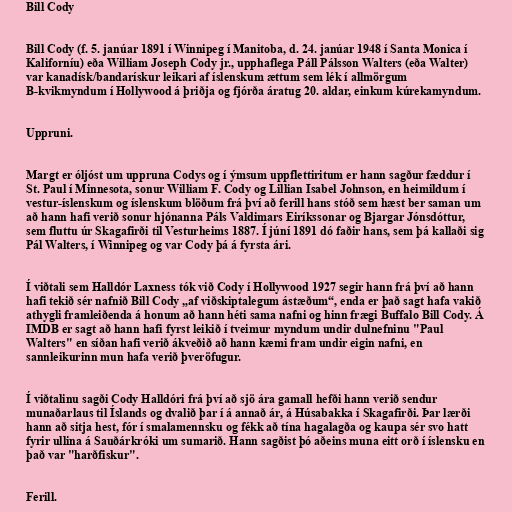
Bill Cody

Bill Cody (f. 5. janúar 1891 í Winnipeg í Manitoba, d. 24. janúar 1948 í Santa Monica í
Kaliforníu) eða William Joseph Cody jr., upphaflega Páll Pálsson Walters (eða Walter)
var kanadísk/bandarískur leikari af íslenskum ættum sem lék í allmörgum
B-kvikmyndum í Hollywood á þriðja og fjórða áratug 20. aldar, einkum kúrekamyndum.

Uppruni.

Margt er óljóst um uppruna Codys og í ýmsum uppflettiritum er hann sagður fæddur í
St. Paul í Minnesota, sonur William F. Cody og Lillian Isabel Johnson, en heimildum í
vestur-íslenskum og íslenskum blöðum frá því að ferill hans stóð sem hæst ber saman um
að hann hafi verið sonur hjónanna Páls Valdimars Eiríkssonar og Bjargar Jónsdóttur,
sem fluttu úr Skagafirði til Vesturheims 1887. Í júní 1891 dó faðir hans, sem þá kallaði sig
Pál Walters, í Winnipeg og var Cody þá á fyrsta ári.

Í viðtali sem Halldór Laxness tók við Cody í Hollywood 1927 segir hann frá því að hann
hafi tekið sér nafnið Bill Cody „af viðskiptalegum ástæðum“, enda er það sagt hafa vakið
athygli framleiðenda á honum að hann héti sama nafni og hinn frægi Buffalo Bill Cody. Á
IMDB er sagt að hann hafi fyrst leikið í tveimur myndum undir dulnefninu "Paul
Walters" en síðan hafi verið ákveðið að hann kæmi fram undir eigin nafni, en
sannleikurinn mun hafa verið þveröfugur.

Í viðtalinu sagði Cody Halldóri frá því að sjö ára gamall hefði hann verið sendur
munaðarlaus til Íslands og dvalið þar í á annað ár, á Húsabakka í Skagafirði. Þar lærði
hann að sitja hest, fór í smalamennsku og fékk að tína hagalagða og kaupa sér svo hatt
fyrir ullina á Sauðárkróki um sumarið. Hann sagðist þó aðeins muna eitt orð í íslensku en
það var "harðfiskur".

Ferill.